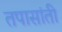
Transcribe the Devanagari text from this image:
तपासांती